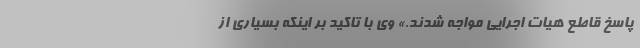
پاسخ قاطع هیات اجرایی مواجه شدند.» وی با تاکید بر اینکه بسیاری از